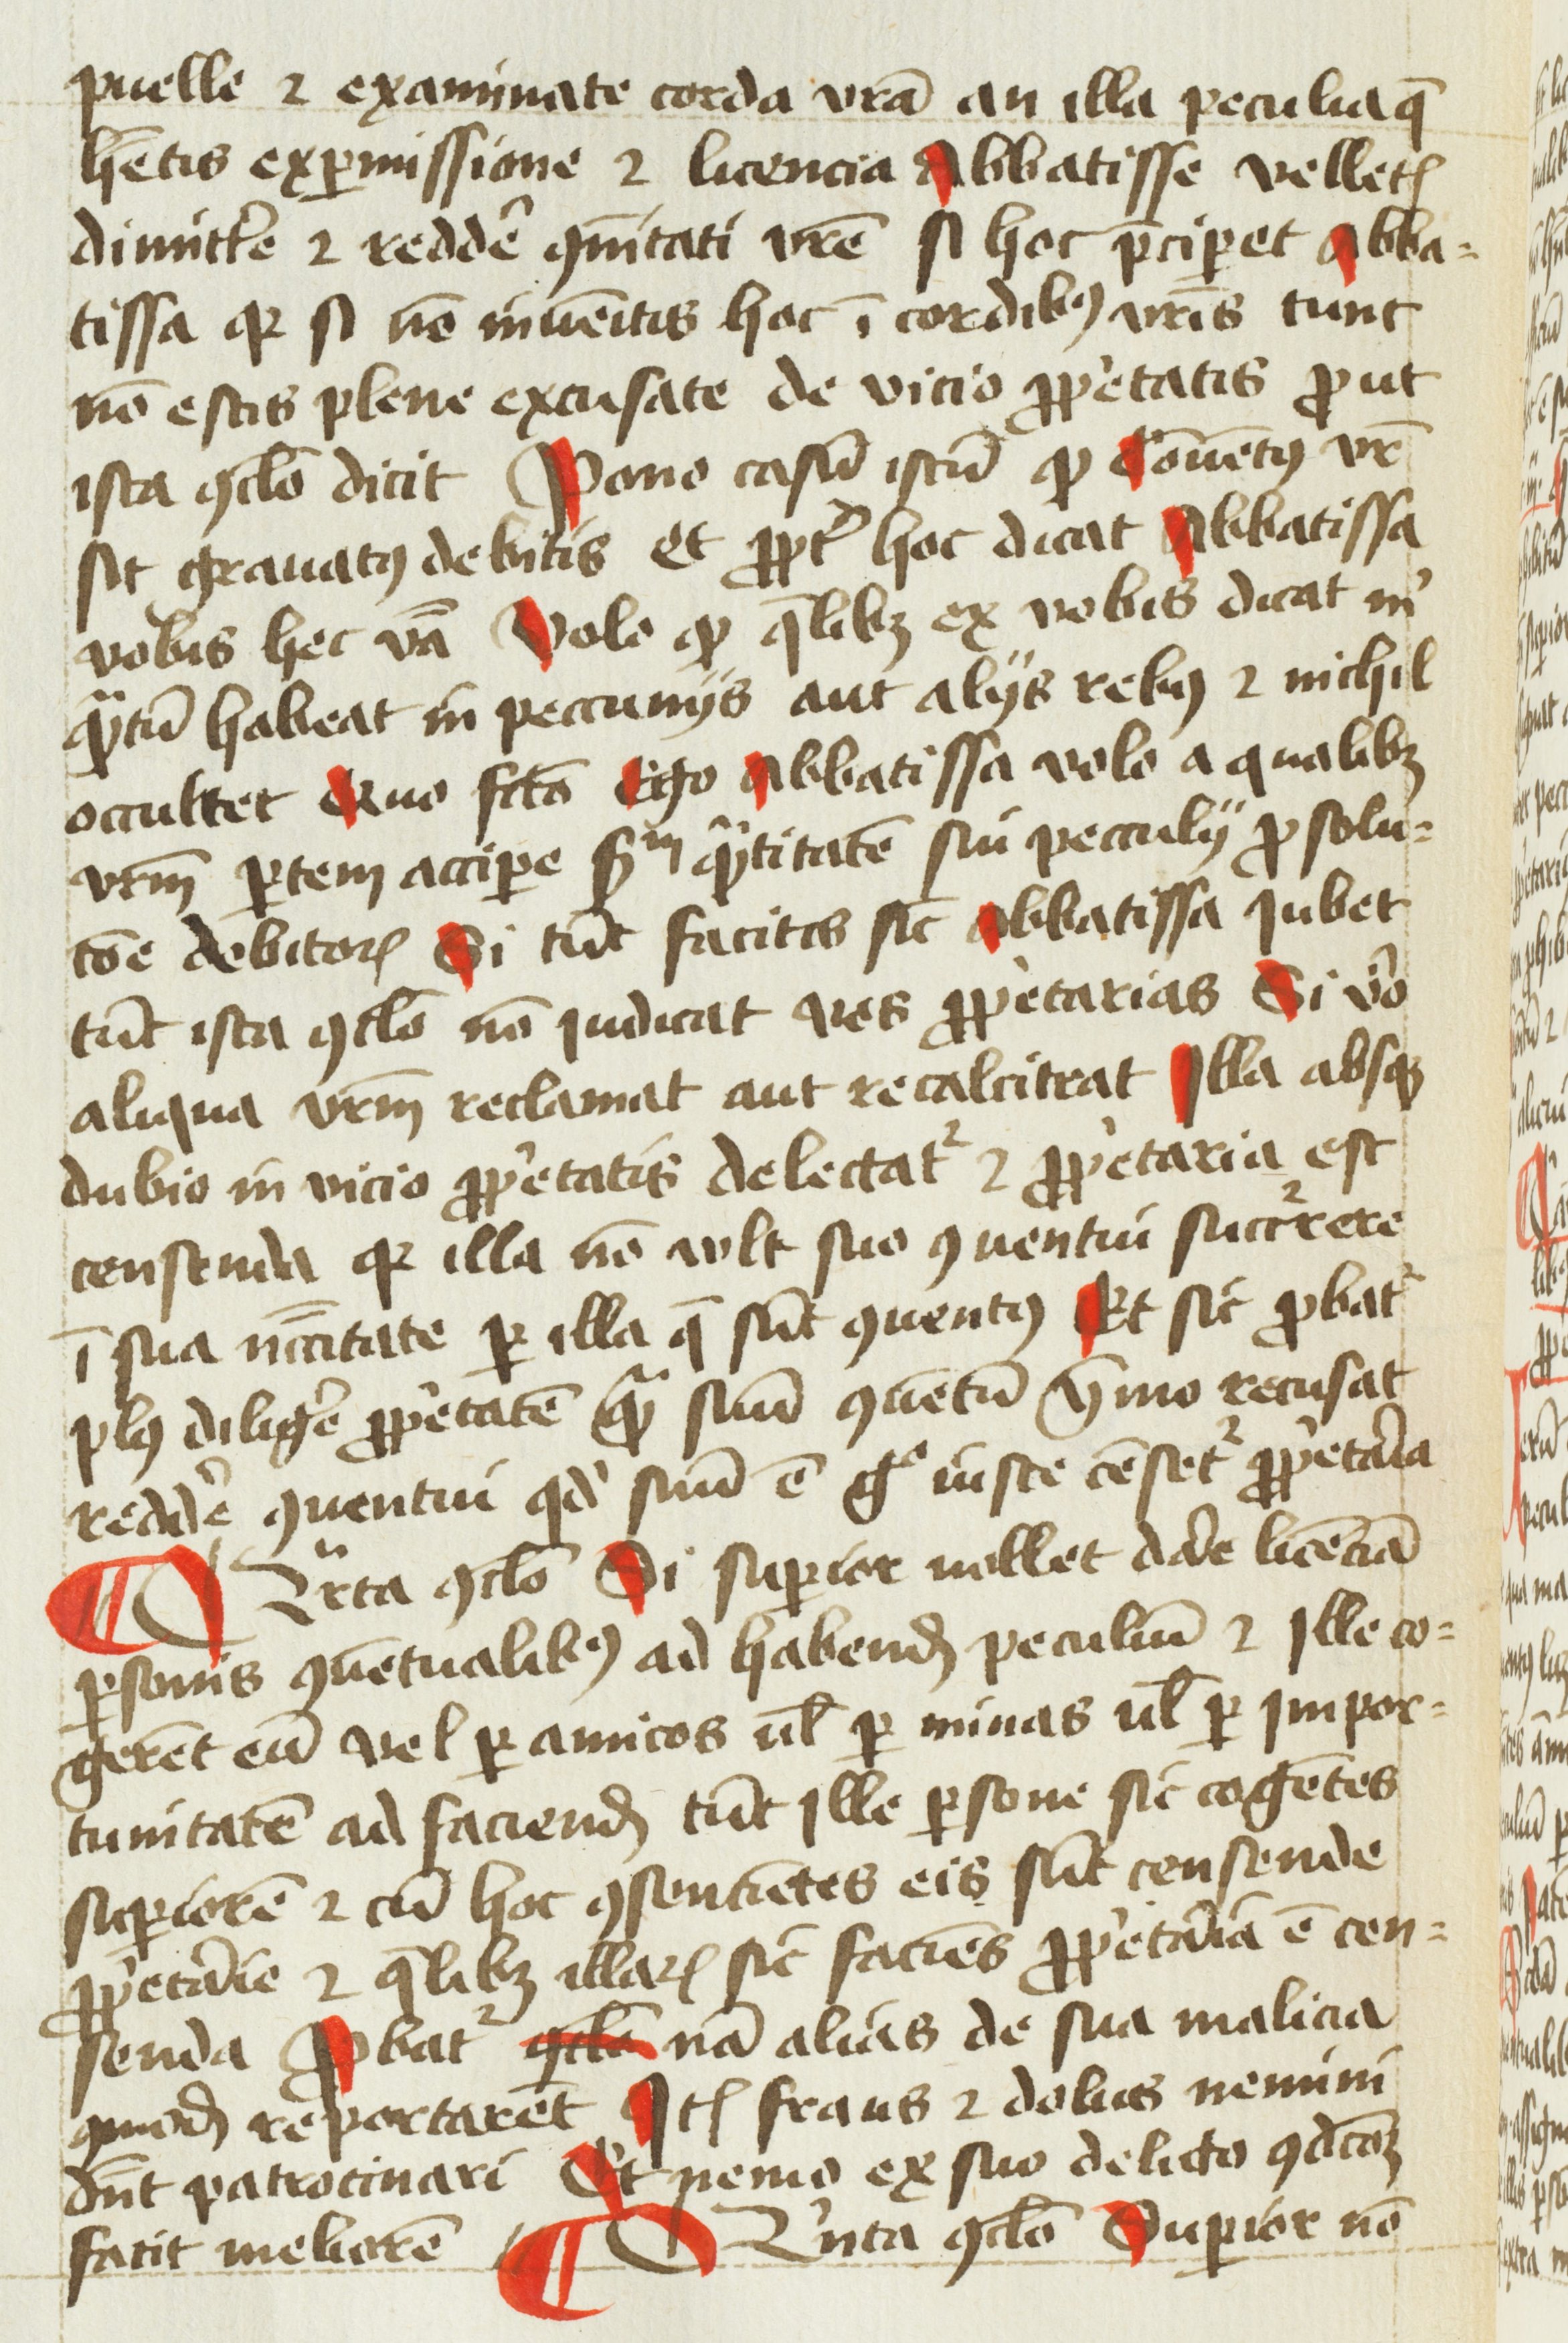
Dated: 1454–1456